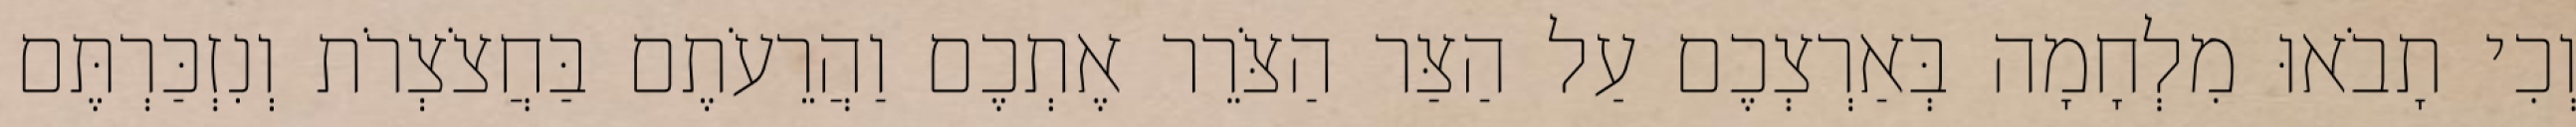
וְכִי תָבֹאוּ מִלְחָמָה בְּאַרְצְכֶם עַל הַצַּר הַצֹּרֵר אֶתְכֶם וַהֲרֵעֹתֶם בַּחֲצֹצְרֹת וְנִזְכַּרְתֶּם